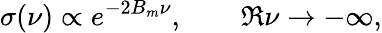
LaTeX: \sigma(\nu)\propto e^{-2B_{m}\nu},\qquad\Re\nu\to-\infty,